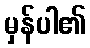
မှန်ပါ၏